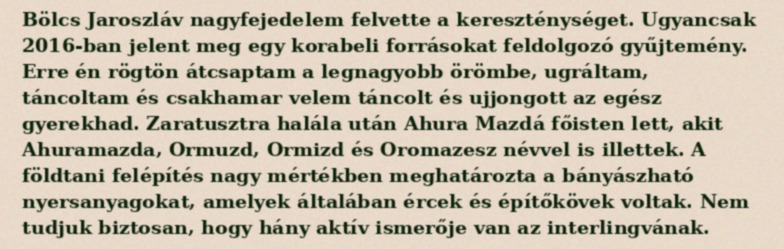
Bölcs Jaroszláv nagyfejedelem felvette a kereszténységet. Ugyancsak 2016-ban jelent meg egy korabeli forrásokat feldolgozó gyűjtemény. Erre én rögtön átcsaptam a legnagyobb örömbe, ugráltam, táncoltam és csakhamar velem táncolt és ujjongott az egész gyerekhad. Zaratusztra halála után Ahura Mazdá főisten lett, akit Ahuramazda, Ormuzd, Ormizd és Oromazesz névvel is illettek. A földtani felépítés nagy mértékben meghatározta a bányászható nyersanyagokat, amelyek általában ércek és építőkövek voltak. Nem tudjuk biztosan, hogy hány aktív ismerője van az interlingvának.